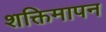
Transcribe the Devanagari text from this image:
शक्तिमापन